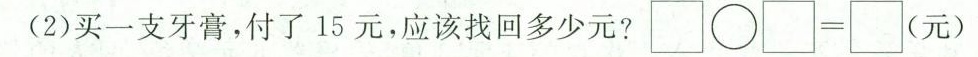
(2)买一支牙膏，付了15元，应该找回多少元?\Box \bigcirc \Box=\Box (元)